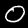
Digit: 0